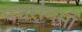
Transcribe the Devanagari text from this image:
पञ्चसंगमों